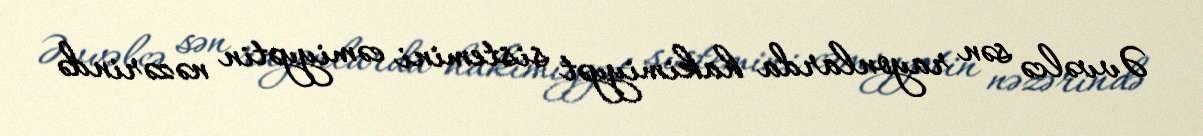
Əvvəlcə sən rayonlarda hakimiyyət sistemini cəmiyyətin nəzərində